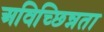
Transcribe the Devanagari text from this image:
अविच्छिन्नता